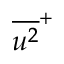
\overline { { u ^ { 2 } } } ^ { + }